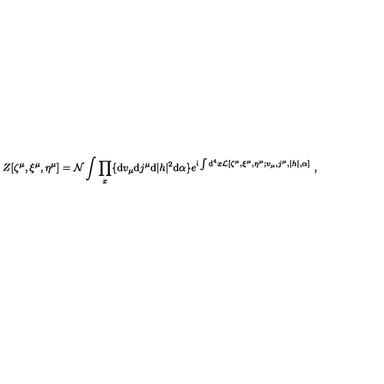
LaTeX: Z [ \zeta ^ { \mu } , \xi ^ { \mu } , \eta ^ { \mu } ] = { \cal N } \int \prod _ { x } \{ \mathrm { d } v _ { \mu } \mathrm { d } j ^ { \mu } \mathrm { d } | h | ^ { 2 } \mathrm { d } \alpha \} e ^ { \mathrm { i } \int \mathrm { d } ^ { 4 } x { \cal L } [ \zeta ^ { \mu } , \xi ^ { \mu } , \eta ^ { \mu } ; v _ { \mu } , j ^ { \mu } , | h | , \alpha ] } \ ,